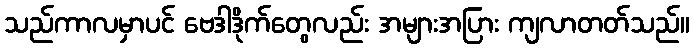
သည်ကာလမှာပင် ဗေဒါဒိုက်တွေလည်း အများအပြား ကျလာတတ်သည်။